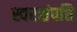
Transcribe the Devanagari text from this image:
स्वरसंपत्ति